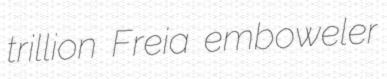
trillion Freia emboweler